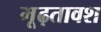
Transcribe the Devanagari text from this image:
मूढ़तावश